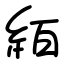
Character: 絔